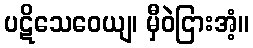
ပဋိသေဝေယျ၊ မှီဝဲငြားအံ့။